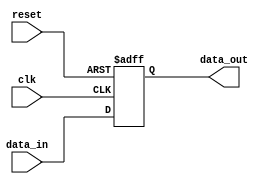
module bidirectional_buffer(
    input wire clk,
    input wire reset,
    input wire data_in,
    output reg data_out
);

always @(posedge clk or posedge reset) begin
    if(reset) begin
        data_out <= 1'b0;
    end else begin
        data_out <= data_in;
    end
end

endmodule